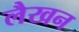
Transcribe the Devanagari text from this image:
लैखन